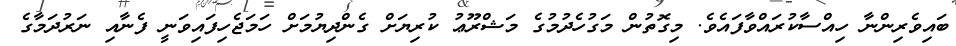
ބައިވެރިންނާ ހިއްސާކުރައްވާފައެވެ. މިގޮތުން މަގުހެދުމުގެ މަޝްރޫޢު ކުރިޔަށް ގެންދިޔުމަށް ހަމަޖެހިފައިވަނީ ފެނާއި ނަރުދަމާގެ